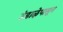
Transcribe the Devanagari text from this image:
उंडाऴेपासून